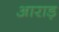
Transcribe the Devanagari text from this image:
आराड़